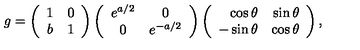
g = \left( \begin{array} { c c } { 1 } & { 0 } \\ { b } & { 1 } \\ \end{array} \right) \left( \begin{array} { c c } { e ^ { a / 2 } } & { 0 } \\ { 0 } & { e ^ { - a / 2 } } \\ \end{array} \right) \left( \begin{array} { r r } { \cos \theta } & { \sin \theta } \\ { - \sin \theta } & { \cos \theta } \\ \end{array} \right) ,